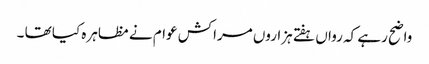
واضح رہے کہ رواں ہفتے ہزاروں مراکش عوام نے مظاہرہ کیا تھا ۔